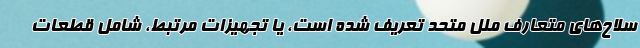
سلاح‌های متعارف ملل متحد تعریف شده است، یا تجهیزات مرتبط، شامل قطعات